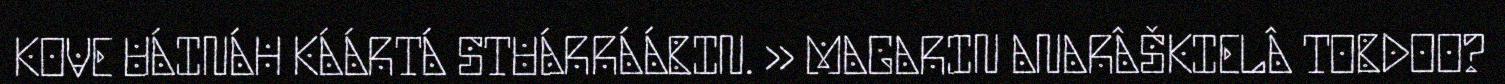
KOVE UÁINÁH KÁÁRTÁ STUÁRRÁÁBIN. ›› MAGARIN ANARÂŠKIELÂ TOBDOO?